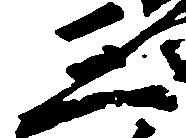
三